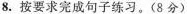
8.按要求完成句子练习。(8分)